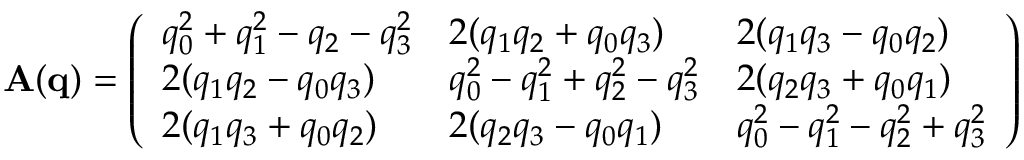
\begin{array} { r } { \mathbf { A ( q ) } = \left( \begin{array} { l l l } { q _ { 0 } ^ { 2 } + q _ { 1 } ^ { 2 } - q _ { 2 } - q _ { 3 } ^ { 2 } } & { 2 ( q _ { 1 } q _ { 2 } + q _ { 0 } q _ { 3 } ) } & { 2 ( q _ { 1 } q _ { 3 } - q _ { 0 } q _ { 2 } ) } \\ { 2 ( q _ { 1 } q _ { 2 } - q _ { 0 } q _ { 3 } ) } & { q _ { 0 } ^ { 2 } - q _ { 1 } ^ { 2 } + q _ { 2 } ^ { 2 } - q _ { 3 } ^ { 2 } } & { 2 ( q _ { 2 } q _ { 3 } + q _ { 0 } q _ { 1 } ) } \\ { 2 ( q _ { 1 } q _ { 3 } + q _ { 0 } q _ { 2 } ) } & { 2 ( q _ { 2 } q _ { 3 } - q _ { 0 } q _ { 1 } ) } & { q _ { 0 } ^ { 2 } - q _ { 1 } ^ { 2 } - q _ { 2 } ^ { 2 } + q _ { 3 } ^ { 2 } } \end{array} \right) } \end{array}